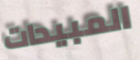
المبيدات